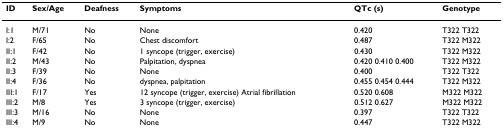
<table><thead><tr><td><b>ID</b></td><td><b>Sex/Age</b></td><td><b>Deafness</b></td><td><b>Symptoms</b></td><td><b>QTc (s)</b></td><td><b>Genotype</b></td></tr></thead><tbody><tr><td>I:1</td><td>M/71</td><td>No</td><td>None</td><td>0.420</td><td>T322 T322</td></tr><tr><td>I:2</td><td>F/65</td><td>No</td><td>Chest discomfort</td><td>0.487</td><td>T322 M322</td></tr><tr><td>II:1</td><td>F/42</td><td>No</td><td>1 syncope (trigger, exercise)</td><td>0.430</td><td>T322 M322</td></tr><tr><td>II:2</td><td>M/43</td><td>No</td><td>Palpitation, dyspnea</td><td>0.420 0.410 0.400</td><td>T322 M322</td></tr><tr><td>II:3</td><td>F/39</td><td>No</td><td>None</td><td>0.400</td><td>T322 T322</td></tr><tr><td>II:4</td><td>F/36</td><td>No</td><td>dyspnea, palpitation</td><td>0.455 0.454 0.444</td><td>T322 M322</td></tr><tr><td>III:1</td><td>F/17</td><td>Yes</td><td>12 syncope (trigger, exercise) Atrial fibrillation</td><td>0.520 0.608</td><td>M322 M322</td></tr><tr><td>III:2</td><td>M/8</td><td>Yes</td><td>3 syncope (trigger, exercise)</td><td>0.512 0.627</td><td>M322 M322</td></tr><tr><td>III:3</td><td>M/16</td><td>No</td><td>None</td><td>0.397</td><td>T322 T322</td></tr><tr><td>III:4</td><td>M/9</td><td>No</td><td>None</td><td>0.447</td><td>T322 M322</td></tr></tbody></table>